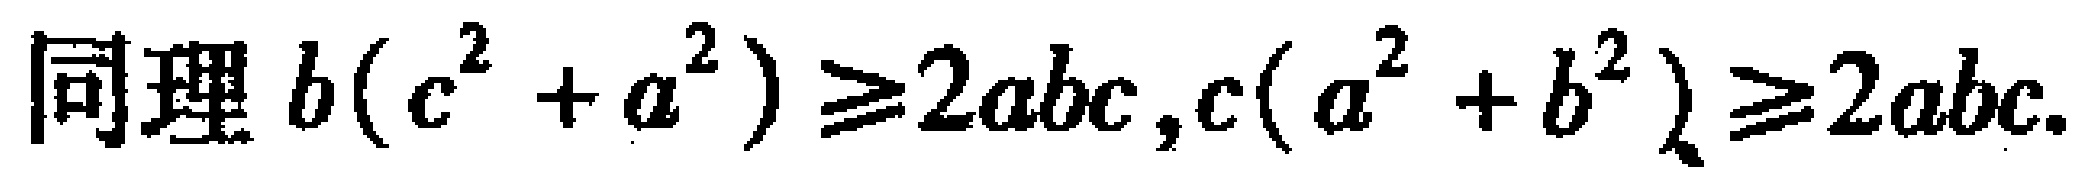
同理 \(b(c^{2}+a^{2})\geq2abc,c(a^{2}+b^{2})\geq2abc\).